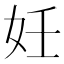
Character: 妊